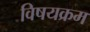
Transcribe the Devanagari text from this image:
विषयक्रम